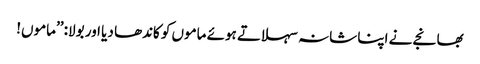
بھانجے نے اپنا شانہ سہلاتے ہوئے ماموں کو کاندھا دیا اور بولا: ’’ماموں!